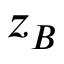
z _ { B }